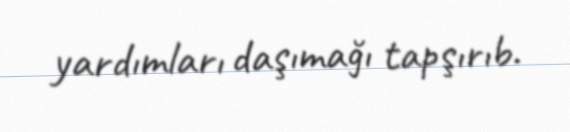
yardımları daşımağı tapşırıb.